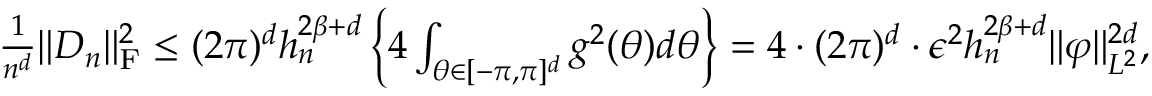
\begin{array} { r } { \frac { 1 } { n ^ { d } } \| D _ { n } \| _ { \mathrm { F } } ^ { 2 } \le ( 2 \pi ) ^ { d } h _ { n } ^ { 2 \beta + d } \left\{ 4 \int _ { \theta \in [ - \pi , \pi ] ^ { d } } g ^ { 2 } ( \theta ) d \theta \right\} = 4 \cdot ( 2 \pi ) ^ { d } \cdot \epsilon ^ { 2 } h _ { n } ^ { 2 \beta + d } \| \varphi \| _ { L ^ { 2 } } ^ { 2 d } , } \end{array}